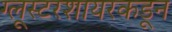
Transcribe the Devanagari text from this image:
ग्लूस्टरशायरकडून